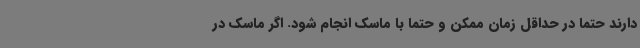
دارند حتما در حداقل زمان ممکن و حتما با ماسک انجام شود. اگر ماسک در